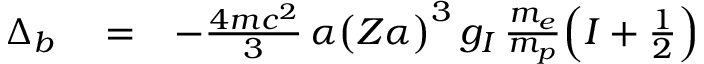
\begin{array} { r l r } { \Delta _ { b } } & { { } = } & { - \frac { 4 m c ^ { 2 } } { 3 } \, \alpha \big ( Z \alpha \big ) ^ { 3 } \, g _ { I } \, \frac { m _ { e } } { m _ { p } } \Big ( I + \frac { 1 } { 2 } \Big ) } \end{array}